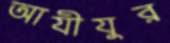
আযীযুর